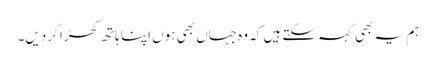
ہم یہ بھی کہہ سکتے ہیں کہ وہ جہاں بھی ہوں اپنا ہاتھ کھڑا کر دیں۔